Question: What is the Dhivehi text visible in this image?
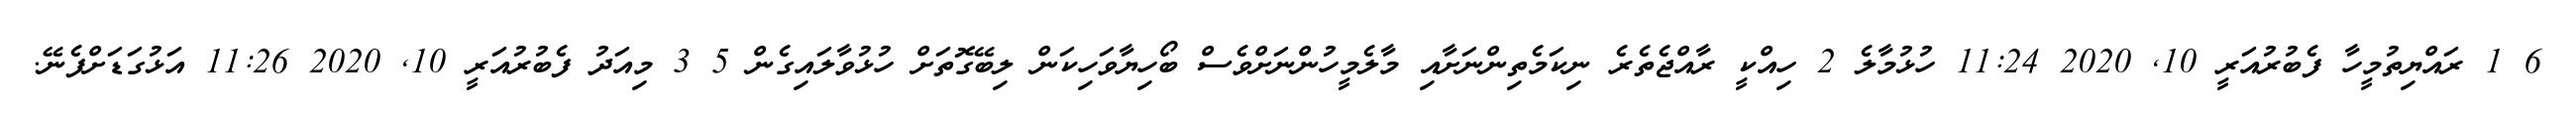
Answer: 6 1 ރައްޔިތުމީހާ ފެބުރުއަރީ 10, 2020 11:24 ހުޅުމާލެ 2 ހިއްކީ ރާއްޖެތެރެ ނިކަމެތިންނަށާއި މާލެމީހުންނަށްވެސް ބޯހިޔާވަހިކަން ލިބޭގޮތަށް ހުޅުވާލައިގެން 5 3 މިއަދު ފެބުރުއަރީ 10, 2020 11:26 އަޅުގަޑަށްފެނޭ.